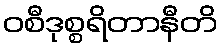
ဝစီဒုစ္စရိတာနီတိ